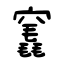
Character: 竁